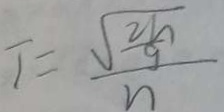
T = \frac { \sqrt { \frac { 2 h } { g } } } { n }